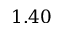
1 . 4 0